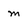
Character: m